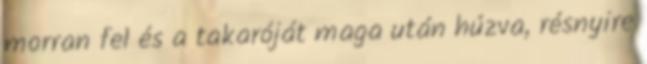
morran fel és a takaróját maga után húzva, résnyire